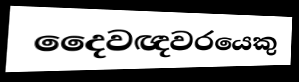
දෛවඥවරයෙකු